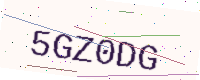
Text: 5GZ0DG